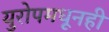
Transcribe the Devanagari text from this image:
युरोपमधूनही